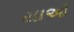
યાઓ